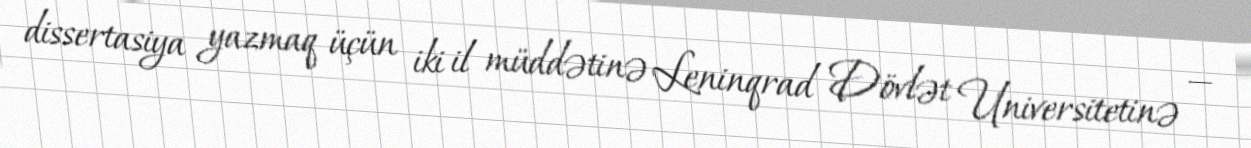
dissertasiya yazmaq üçün iki il müddətinə Leninqrad Dövlət Universitetinə —